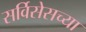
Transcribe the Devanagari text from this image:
सर्विसेसच्या